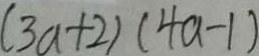
( 3 a + 2 ) ( 4 a - 1 )